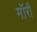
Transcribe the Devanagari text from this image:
मॉरी